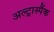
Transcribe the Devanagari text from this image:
अल्ट्रास्पैंक